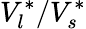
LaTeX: V_{l}^{*}/V_{s}^{*}